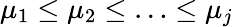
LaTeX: \mu_{1}\leq\mu_{2}\leq\ldots\leq\mu_{j}